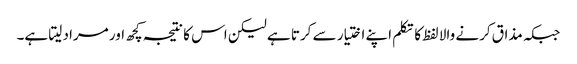
جبکہ مذاق کرنے والا لفظ کا تکلم اپنے اختیار سے کرتا ہے لیکن اس کا نتیجہ کچھ اور مراد لیتا ہے۔